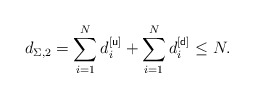
\begin{align*}d_{\Sigma,2}=\sum_{i=1}^{N}d^{[\sf u]}_{i}+\sum_{i=1}^{N}d^{[\sf d]}_{i}\leq N.\end{align*}